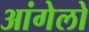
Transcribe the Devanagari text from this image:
आंगेलो